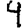
Digit: 4